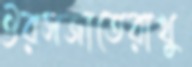
ঔরসজাতেরাখু